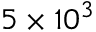
5 \times 1 0 ^ { 3 }